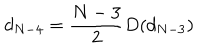
LaTeX: d _ { N - 4 } = \frac { N - 3 } { 2 } D ( d _ { N - 3 } )